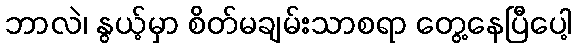
ဘာလဲ၊ နွယ့်မှာ စိတ်မချမ်းသာစရာ တွေ့နေပြီပေါ့